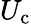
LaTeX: {U_{\mathrm{c}}}